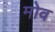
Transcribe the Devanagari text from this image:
मोव